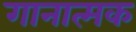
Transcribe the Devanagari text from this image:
गानात्मक